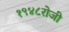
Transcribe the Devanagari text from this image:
१९४८रोजी